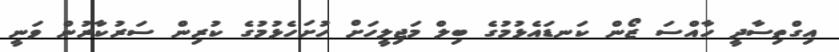
އިގްތިސާދީ ހާއްސަ ޒޯން ކަނޑައެޅުމުގެ ބިލް މަޖިލީހަށް ހުށަހެޅުމުގެ ކުރިން ސަރުކާރުން ވަނީ